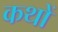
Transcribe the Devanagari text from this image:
कथों